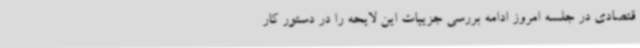
قتصادی در جلسه امروز ادامه بررسی جزییات این لایحه را در دستور کار